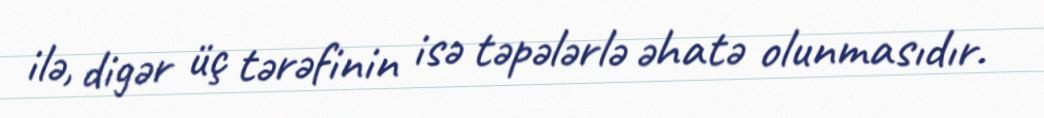
ilə, digər üç tərəfinin isə təpələrlə əhatə olunmasıdır.